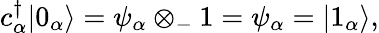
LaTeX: c_{\alpha}^{\dagger}|0_{\alpha}\rangle=\psi_{\alpha}\otimes_{-}1=\psi_{\alpha}=|1_{\alpha}\rangle,